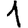
Digit: 1